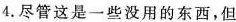
4.尽管这是一些没用的东西,但